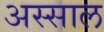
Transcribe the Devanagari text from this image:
अस्साल